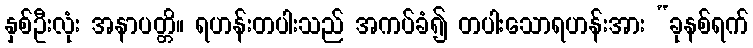
နှစ်ဦးလုံး အနာပတ္တိ။ ရဟန်းတပါးသည် အကပ်ခံ၍ တပါးသောရဟန်းအား “ခုနစ်ရက်